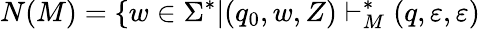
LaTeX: N(M)=\{ w\in\Sigma^{*}|(q_{0},w,Z)\vdash_{M}^{*}(q,\varepsilon,\varepsilon)